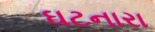
ઘટનારા